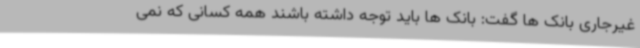
غیرجاری بانک ها گفت: بانک ها باید توجه داشته باشند همه کسانی که نمی